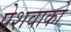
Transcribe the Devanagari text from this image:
पेशवाको